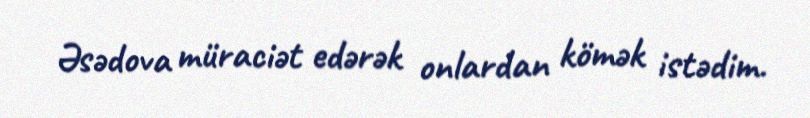
Əsədova müraciət edərək onlardan kömək istədim.